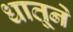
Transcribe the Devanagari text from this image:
धातूने